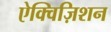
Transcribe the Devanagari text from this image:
ऐक्विज़िशन